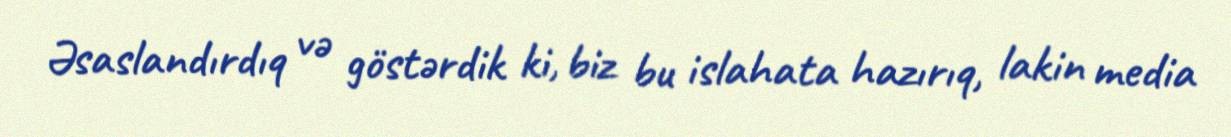
Əsaslandırdıq və göstərdik ki, biz bu islahata hazırıq, lakin media